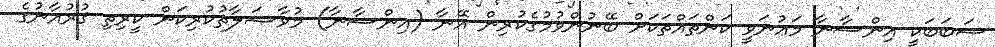
ސަބަބަކީ އިންސާނާ މަޢުނަވީ ކަންތައްތަކަށް ބޭނުންވުމުގެކުރިން އޭނާ (އިންސާނާ) މުވާޞަލާތުކުރިކަން ކީރިތި ޤުރުއާނުގެ